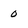
Character: 0